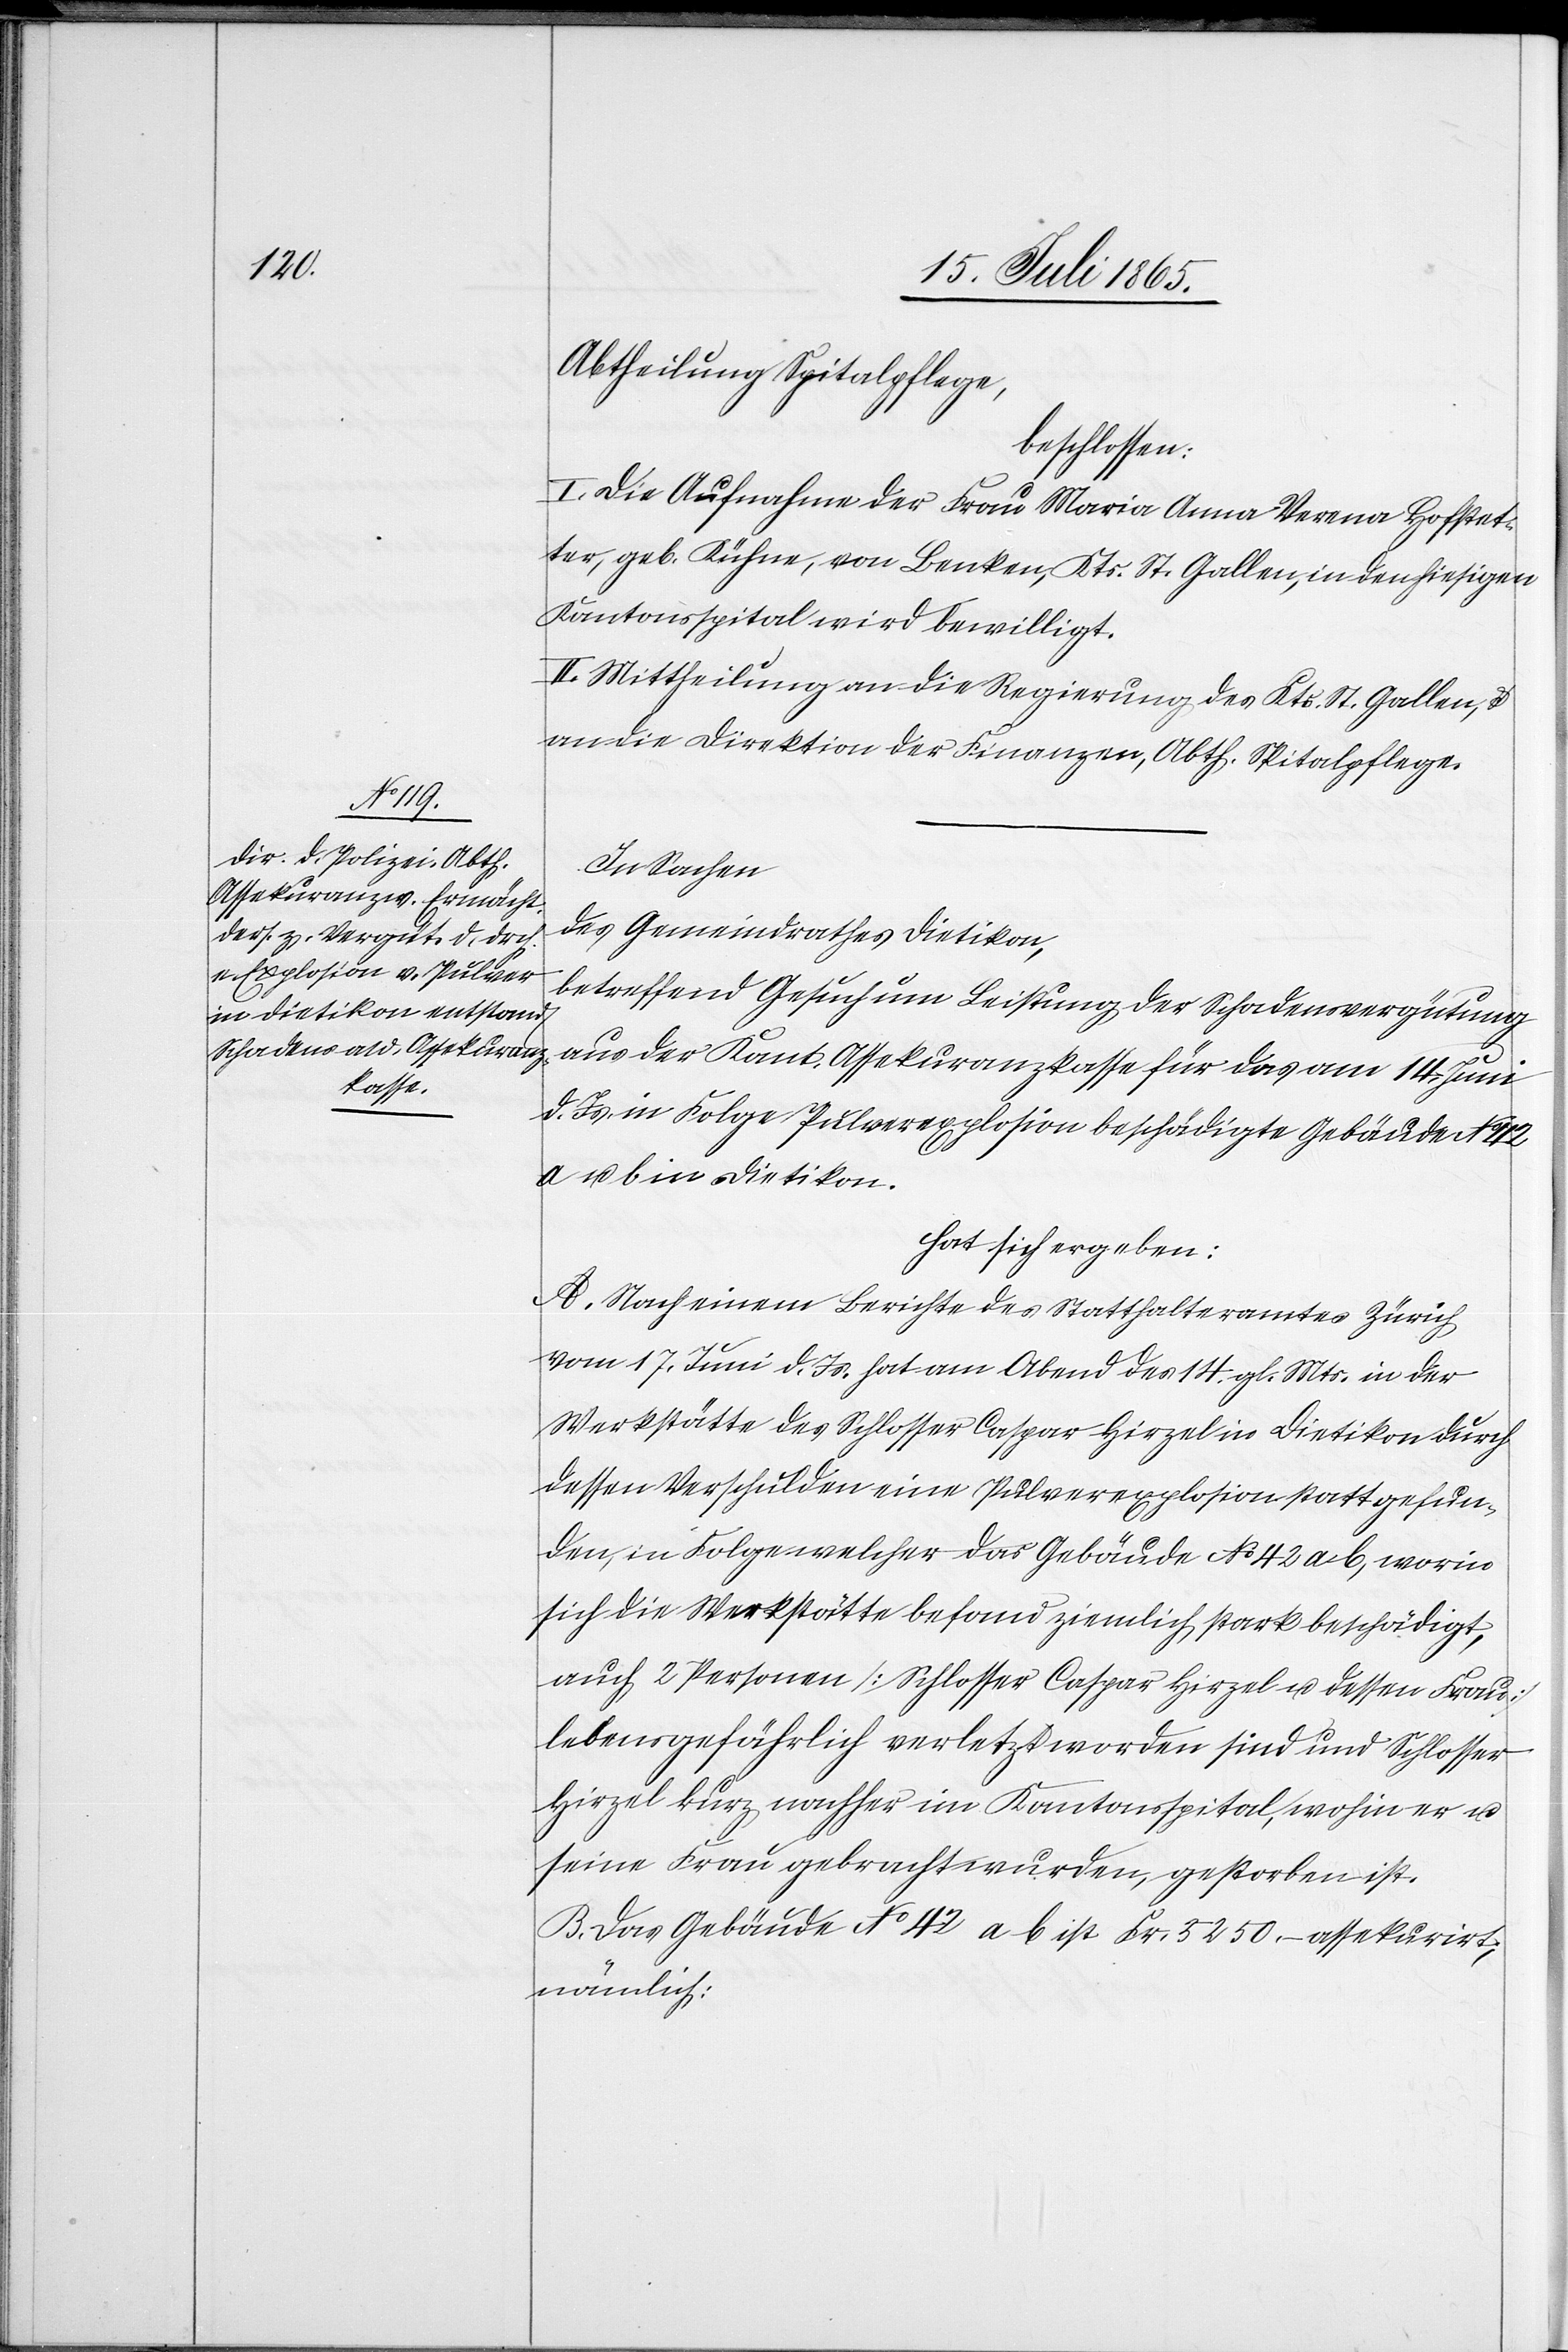
No 42

Abtheilung Spitalpflege,
beschlossen:
I. Die Aufnahme der Frau Maria Anna Verena Hofstet¬
ter, geb. Kühne von Benken, Kts. St. Gallen, in den hiesigen
Kantonsspital wird bewilligt.
II. Mittheilung an die Regierung des Kts. St. Gallen, u.
an die Direktion der Finanzen, Abth. Spitalpflege.
In Sachen
des Gemeindrathes Dietikon,
betreffend Gesuch um Leistung der Schadensvergütung
aus der Kant. Assekuranzkasse für das am 14. Juni
d. Js. in Folge Pulverexplosion beschädigte Gebäude
hat sich ergeben:
A. Nach einem Berichte des Statthalteramtes Zürich
vom 17. Juni d. Js. hat am Abend des 14. gl. Mts. in der
Werkstätte des Schlosser Caspar Hirzel in Dietikon durch
dessen Verschulden eine Pulverexplosion statt gefun¬
den, in Folge welcher das Gebäude No 42 a b, worin
sich die Werkstätte befand ziemlich stark beschädigt,
auch 2 Personen [Schlosser Caspar Hirzel u. dessen Frau]
lebensgefährlich verletzt worden sind und Schlosser
Hirzel kurz nachher im Kantonsspital, wohin er u.
seine Frau gebracht wurden, gestorben ist.
B. Das Gebäude No 42 a b ist Fr. 5250. assekurirt;
nämlich: